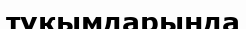
түқымдарында